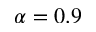
\alpha = 0 . 9